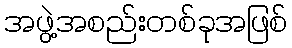
အဖွဲ့အစည်းတစ်ခုအဖြစ်